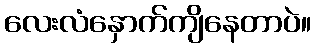
လေးလံနှောက်ကျိနေတာပဲ။